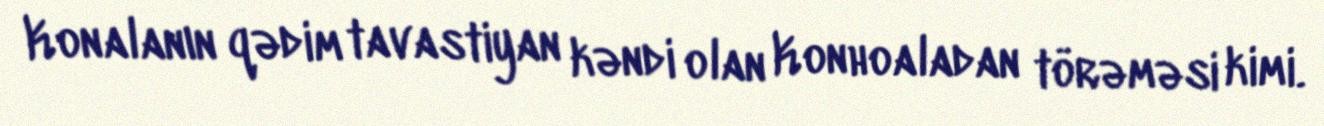
Konalanın qədim tavastiyan kəndi olan Konhoaladan törəməsi kimi.